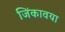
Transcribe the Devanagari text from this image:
जिंकावया